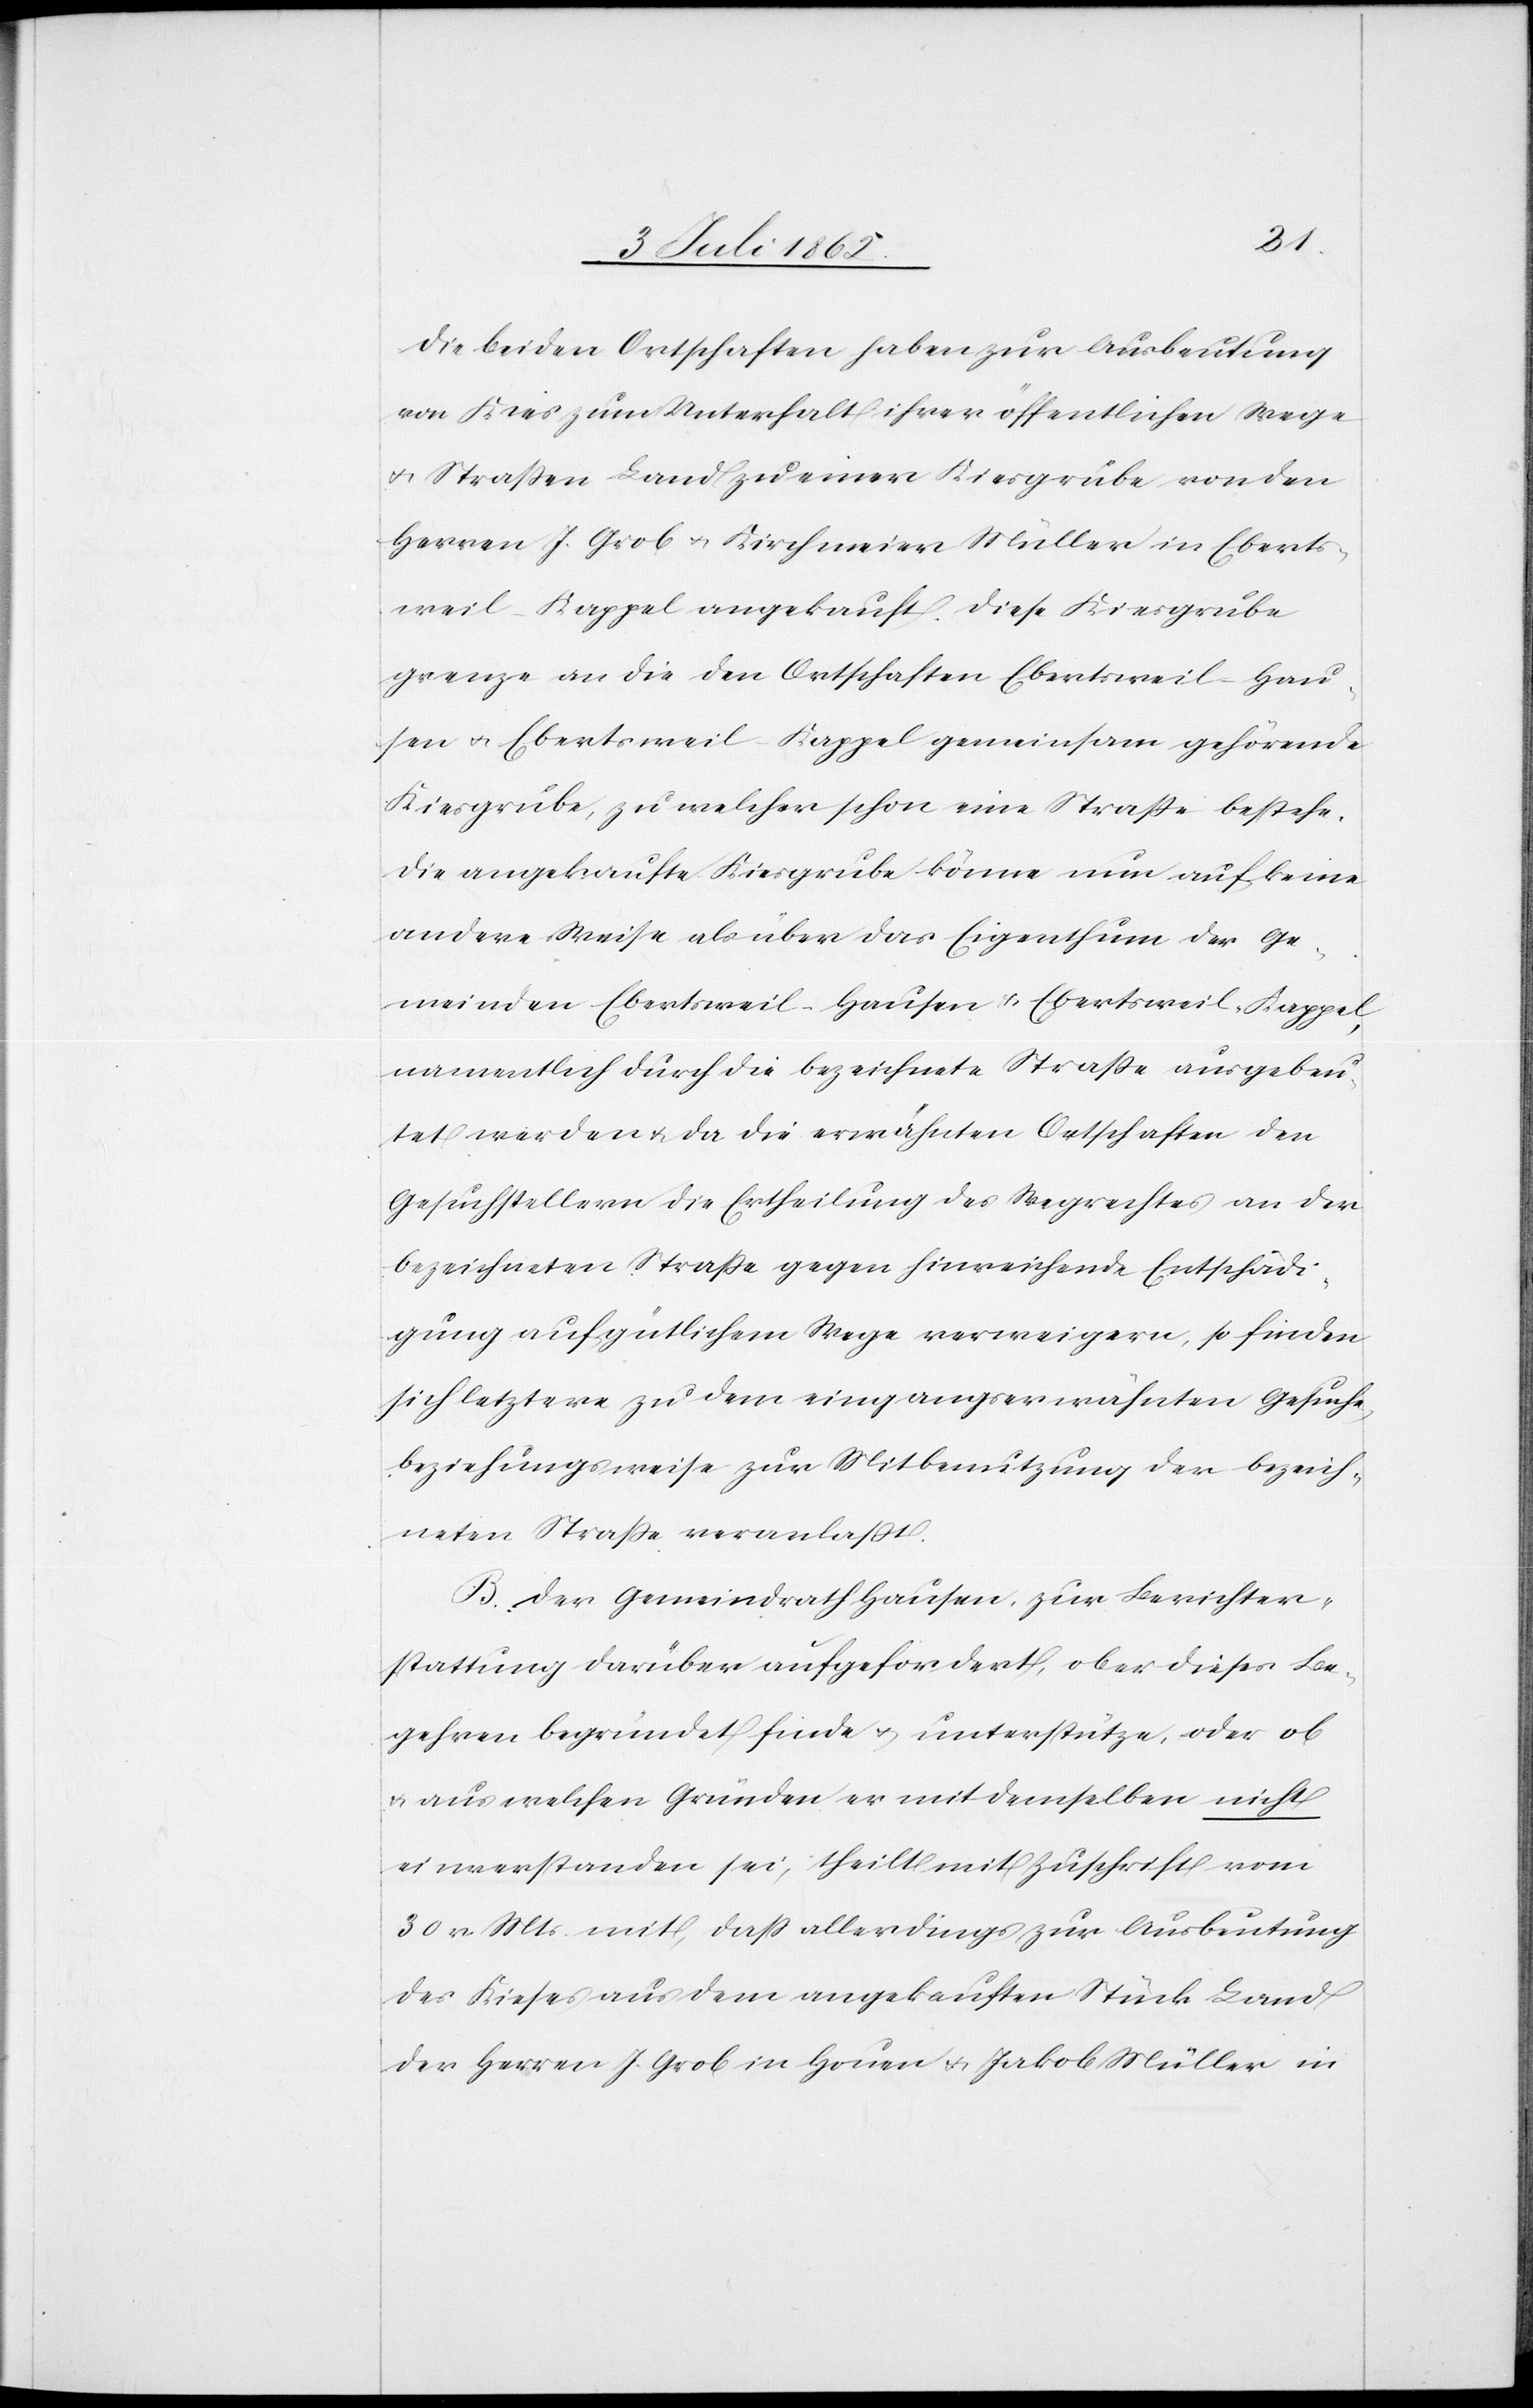
Die beiden Ortschaften haben zur Ausbeutung
von Kies zum Unterhalt ihrer öffentlichen Wege
u. Straßen Land zu einer Kiesgrube von den
Herren J. Grob u. Kirchmeier Müller in Eberts¬
weil-Kappel angekauft. Diese Kiesgrube
grenze an die den Ortschaften Ebertsweil-Hau¬
sen u. Ebertsweil-Kappel gemeinsam gehörende
Kiesgrube, zu welcher schon eine Straße bestehe.
Die angekaufte Kiesgrube könne nun auf keine
andere Weise als über das Eigenthum der Ge¬
meinden Ebertsweil-Hausen u. Ebertsweil-Kappel
namentlich durch die bezeichnete Straße ausgebeu¬
tet werden u. da die erwähnten Ortschaften den
Gesuchstellern die Ertheilung des Wegrechtes an der
bezeichneten Straße gegen hinreichende Entschädi¬
gung auf gütlichem Wege verweigern, so finden
sich letztere zu dem eingangserwähnten Gesuche
beziehungsweise zur Mitbenutzung der bezeich¬
neten Straße veranlaßt.
B. Der Gemeindrath Hausen, zu Berichter¬
stattung darüber aufgefordert, ob er dieses Be¬
gehren begründet finde u. unterstütze, oder ob
u. aus welchen Gründen er mit denselben nicht
einverstanden sei, theilt mit Zuschrift vom
30 v. Mts. mit, daß allerdings zur Ausbeutung
des Kieses aus dem angekauften Stück Land
der Herren J. Grob in Houen u. Jakob [sic!] Müller in